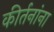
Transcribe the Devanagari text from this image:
कीर्तनांना